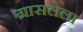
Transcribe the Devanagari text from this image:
ग्रासलेला